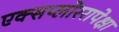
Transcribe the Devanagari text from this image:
एक्सप्लोररापेक्षा